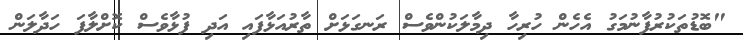
"ބޮޑުތަކުރުފާނުމަގު އެހެން ހުރިހާ ދިމާލަކުންވެސް ރަނގަޅަށް ތާރުއަޅާފައި އަދި ފުޅާވެސް ކޮށްލާފަ ހަދާލަން